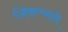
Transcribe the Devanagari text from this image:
जिंकण्याने